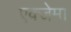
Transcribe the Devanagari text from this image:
एक्जेमा